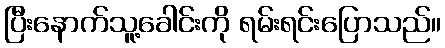
ပြီးနောက်သူ့ခေါင်းကို ရမ်းရင်းပြောသည်။